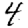
Digit: 4